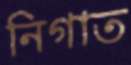
নিগাত